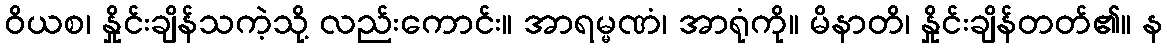
ဝိယစ၊ နှိုင်းချိန်သကဲ့သို့ လည်းကောင်း။ အာရမ္မဏံ၊ အာရုံကို။ မိနာတိ၊ နှိုင်းချိန်တတ်၏။ န